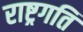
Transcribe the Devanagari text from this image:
राष्ट्रगति